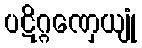
ပဋိဂ္ဂဏှေယျုံ